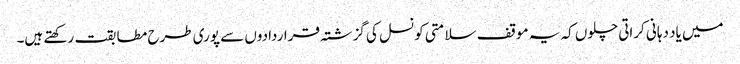
میں یاد دہانی کراتی چلوں کہ یہ موقف سلامتی کونسل کی گزشتہ قراردادوں سے پوری طرح مطابقت رکھتے ہیں۔